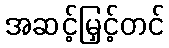
အဆင့်မြှင့်တင်